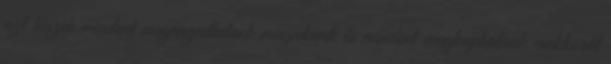
azt hiszik mindent megengedhetnek maguknak és mindent megkaphatnak mekkorát